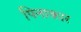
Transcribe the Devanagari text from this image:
पिनाकार